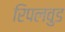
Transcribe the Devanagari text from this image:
रिपलवुड